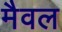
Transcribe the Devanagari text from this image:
मैवल